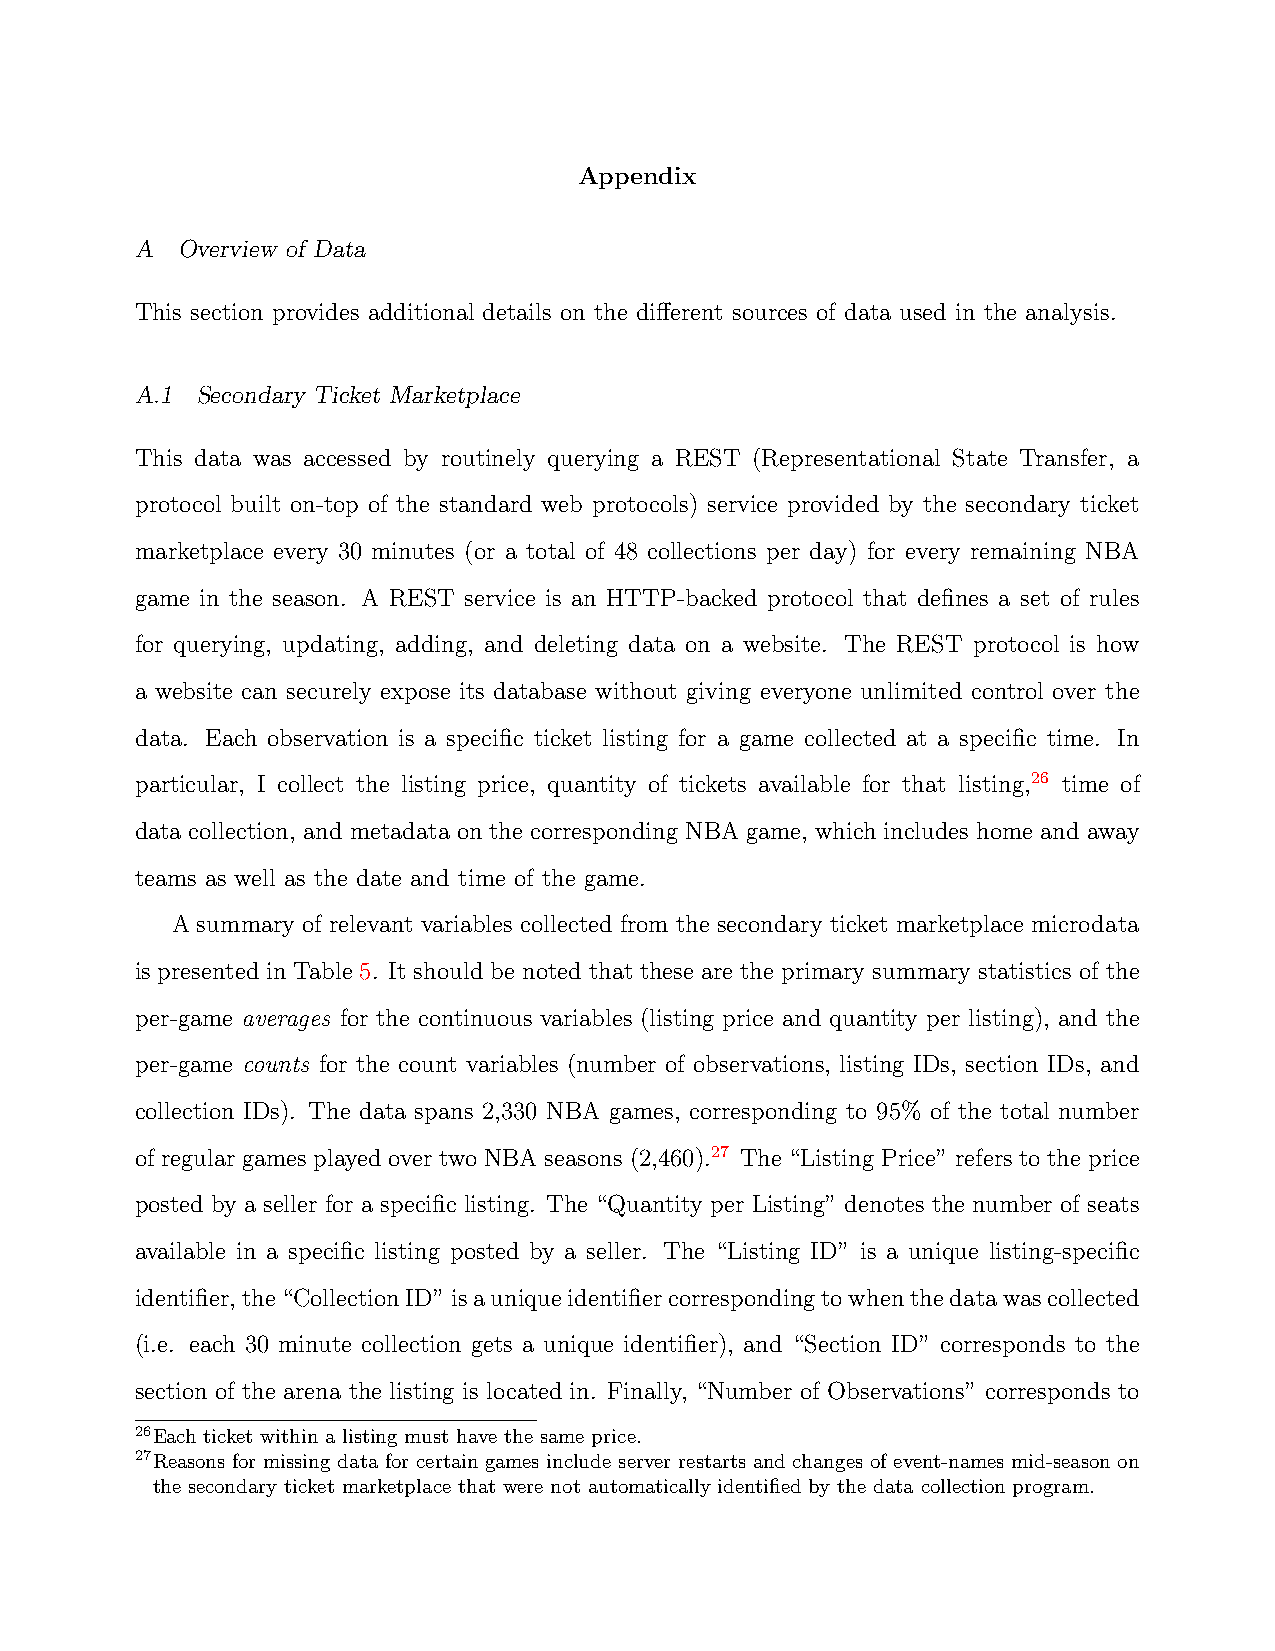
Appendix
 A  Overview of Data
 This section provides additional details on the different sources of data used in the analysis.
 A.1 Secondary Ticket Marketplace
 This data was accessed by routinely querying a REST (Representational State Transfer, a
 protocol built on-top of the standard web protocols) service provided by the secondary ticket
 marketplace every 30 minutes (or a total of 48 collections per day) for every remaining NBA
 game in the season. A REST service is an HTTP-backed protocol that defines a set of rules
 for querying, updating, adding, and deleting data on a website. The REST protocol is how
 a website can securely expose its database without giving everyone unlimited control over the
 data. Each observation is a specific ticket listing for a game collected at a specific time. In
 particular, I collect the listing price, quantity of tickets available for that listing,26 time of
 data collection, and metadata on the corresponding NBA game, which includes home and away
 teams as well as the date and time of the game.
 A summary of relevant variables collected from the secondary ticket marketplace microdata
 is presented in Table 5. It should be noted that these are the primary summary statistics of the
 per-game averages for the continuous variables (listing price and quantity per listing), and the
 per-game counts for the count variables (number of observations, listing IDs, section IDs, and
 collection IDs). The data spans 2,330 NBA games, corresponding to 95% of the total number
 of regular games played over two NBA seasons (2,460).27 The “Listing Price” refers to the price
 posted by a seller for a specific listing. The “Quantity per Listing” denotes the number of seats
 available in a specific listing posted by a seller. The “Listing ID” is a unique listing-specific
 identifier,the“CollectionID”isauniqueidentifiercorrespondingtowhenthedatawascollected
 (i.e. each 30 minute collection gets a unique identifier), and “Section ID” corresponds to the
 section of the arena the listing is located in. Finally, “Number of Observations” corresponds to
 26Each ticket within a listing must have the same price.
 27Reasons for missing data for certain games include server restarts and changes of event-names mid-season on
 the secondary ticket marketplace that were not automatically identified by the data collection program.